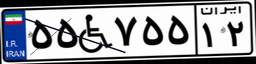
۵۵W۷۵۵۱۲